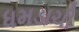
ધમડાચી